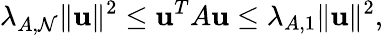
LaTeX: \lambda_{A,\mathcal{N}}\| \mathbf{{u}}\| ^{2}\leq\mathbf{{u}}^{T}A\mathbf{{u}}\leq\lambda_{A,1}\| \mathbf{{u}}\| ^{2},